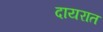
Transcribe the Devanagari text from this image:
दायरात